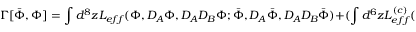
\Gamma [ \bar { \Phi } , \Phi ] = \int d ^ { 8 } z { \cal L } _ { e f f } ( \Phi , D _ { A } \Phi , D _ { A } D _ { B } \Phi ; \bar { \Phi } , D _ { A } \bar { \Phi } , D _ { A } D _ { B } \bar { \Phi } ) + ( \int d ^ { 6 } z { \cal L } _ { e f f } ^ { ( c ) } ( \Phi ) + h . c . ) + \ldots